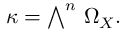
\kappa = { \textstyle \bigwedge } ^ { n } ~ \Omega _ { X } .